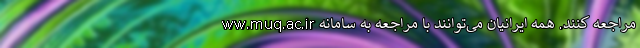
ww.muq.ac.ir مراجعه کنند. همه ایرانیان می‌توانند با مراجعه به سامانه